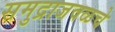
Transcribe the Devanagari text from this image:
समुद्राजवळचे